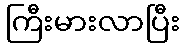
ကြီးမားလာပြီး